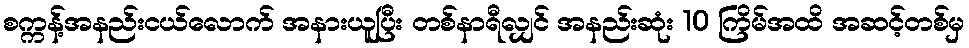
စက္ကန့်အနည်းငယ်လောက် အနားယူပြီး တစ်နာရီလျှင် အနည်းဆုံး 10 ကြိမ်အထိ အဆင့်တစ်မှ